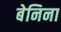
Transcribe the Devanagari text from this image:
बेनिना